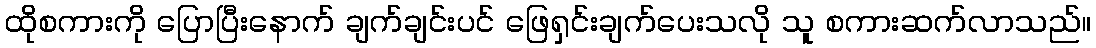
ထိုစကားကို ပြောပြီးနောက် ချက်ချင်းပင် ဖြေရှင်းချက်ပေးသလို သူ စကားဆက်လာသည်။